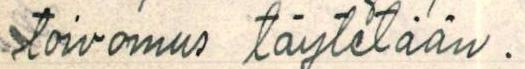
toivomus täytetään.